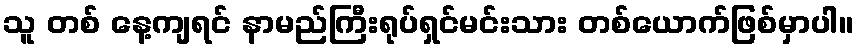
သူ တစ် နေ့ကျရင် နာမည်ကြီးရုပ်ရှင်မင်းသား တစ်ယောက်ဖြစ်မှာပါ။